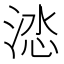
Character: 𭰽